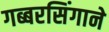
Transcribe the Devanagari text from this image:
गब्बरसिंगाने